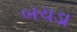
બચડા